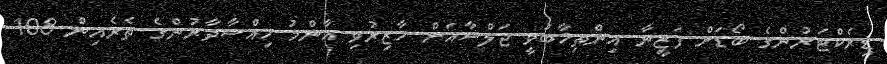
ޑިރެކްޓަރުންގެ ބޯޑަށް ފަޒީނާ އިންތިޚާބުވީ ޖަލްސާއަށް ހާޒިރުވި އާންމު ހިއްސާދާރުންގެ ތެރެއިން 108